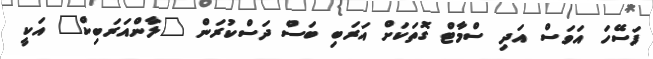
ފަސޭހަ އަވަސް އަދި ސްމާޓް ގޮތަކަށް އަރަބި ބަސް ދަސްކުރަން "ލާންއަރަބިކް" އަކީ